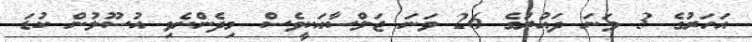
އަހަރުގެ 3 ވަނަ ދައުރުގެ 26 ވަނަ ޖަލްސާއަކީވެސް މިދެންނެވި އުސޫލުން ކުޑަ